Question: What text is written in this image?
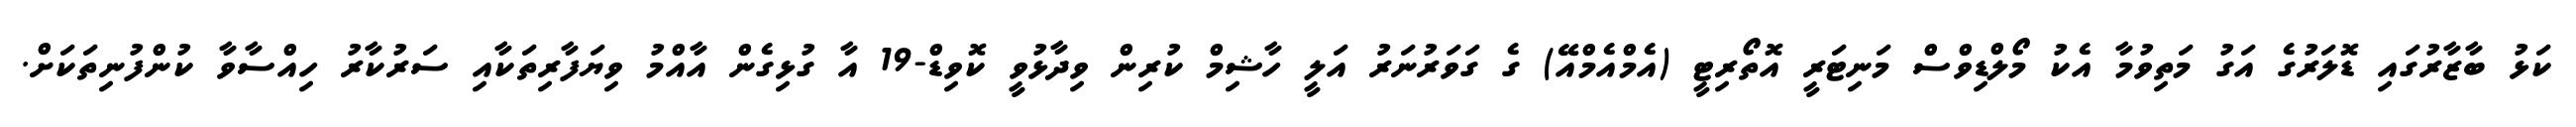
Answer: ކަޅު ބާޒާރުގައި ޑޮލަރުގެ އަގު މަތިވުމާ އެކު މޯލްޑިވްސް މަނިޓަރީ އޮތޯރިޓީ (އެމްއެމްއޭ) ގެ ގަވަރުނަރު އަލީ ހާޝިމް ކުރިން ވިދާޅުވީ ކޮވިޑް-19 އާ ގުޅިގެން އާއްމު ވިޔަފާރިތަކާއި ސަރުކާރު ހިއްސާވާ ކުންފުނިތަކަށް.